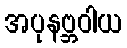
အပုနဗ္ဘဝါယ